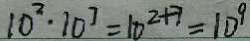
1 0 ^ { 2 } \cdot 1 0 ^ { 7 } = 1 0 ^ { 2 + 7 } = 1 0 ^ { 9 }